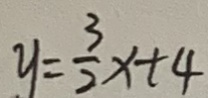
y = \frac { 3 } { 2 } x + 4